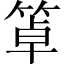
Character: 䈇